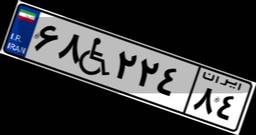
۶۸W۲۲۴۸۴